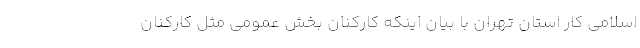
اسلامی کار استان تهران با بیان اینکه کارکنان بخش عمومی مثل کارکنان